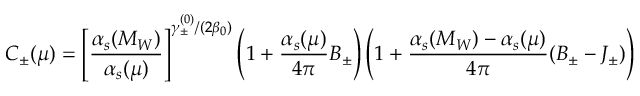
C _ { \pm } ( \mu ) = \left[ \frac { \alpha _ { s } ( M _ { W } ) } { \alpha _ { s } ( \mu ) } \right] ^ { \gamma _ { \pm } ^ { ( 0 ) } / ( 2 \beta _ { 0 } ) } \left( 1 + \frac { \alpha _ { s } ( \mu ) } { 4 \pi } B _ { \pm } \right) \left( 1 + \frac { \alpha _ { s } ( M _ { W } ) - \alpha _ { s } ( \mu ) } { 4 \pi } ( B _ { \pm } - J _ { \pm } ) \right)